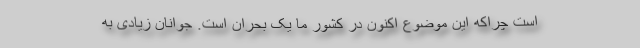
است چراکه این موضوع اکنون در کشور ما یک بحران است. جوانان زیادی به